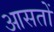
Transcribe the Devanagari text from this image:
आसतों